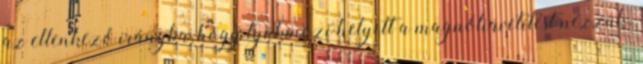
az ellenkező irányba, hogy tyúkmozi helyett a magnóliavetítést nézzük.